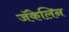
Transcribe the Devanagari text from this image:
जॅकेलिन